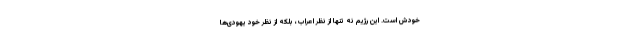
خودش است. این رژیم‌ نه تنها از نظر اعراب، بلکه از نظر خود یهودی‌ها